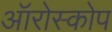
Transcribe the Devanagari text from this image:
ऑरोस्कोप